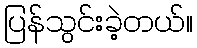
ပြန်သွင်းခဲ့တယ်။